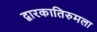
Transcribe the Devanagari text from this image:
द्वारकातिरुमला